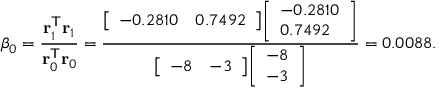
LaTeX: \beta _ { 0 } = { \frac { \mathbf { r } _ { 1 } ^ { \mathsf { T } } \mathbf { r } _ { 1 } } { \mathbf { r } _ { 0 } ^ { \mathsf { T } } \mathbf { r } _ { 0 } } } = { \frac { { \left[ \begin{array} { l l } { - 0 . 2 8 1 0 } & { 0 . 7 4 9 2 } \end{array} \right] } { \left[ \begin{array} { l } { - 0 . 2 8 1 0 } \\ { 0 . 7 4 9 2 } \end{array} \right] } } { { \left[ \begin{array} { l l } { - 8 } & { - 3 } \end{array} \right] } { \left[ \begin{array} { l } { - 8 } \\ { - 3 } \end{array} \right] } } } = 0 . 0 0 8 8 .